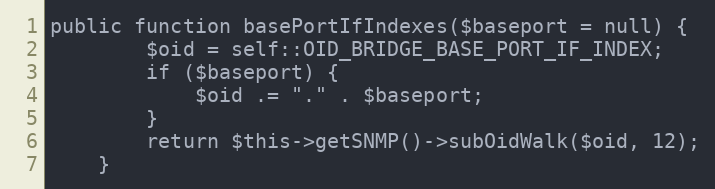
Language: PHP
public function basePortIfIndexes($baseport = null) {
        $oid = self::OID_BRIDGE_BASE_PORT_IF_INDEX;
        if ($baseport) {
            $oid .= "." . $baseport;
        }
        return $this->getSNMP()->subOidWalk($oid, 12);
    }